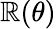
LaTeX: \mathbb{R}(\theta)